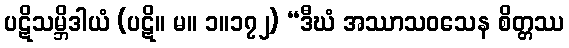
ပဋိသမ္ဘိဒါယံ (ပဋိ။ မ။ ၁။၁၇၂) “ဒီဃံ အဿာသဝသေန စိတ္တဿ